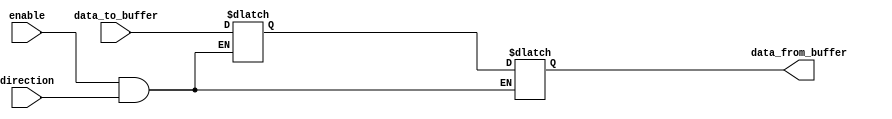
module bidirectional_buffer (
    input wire enable,
    input wire direction,
    input wire data_to_buffer,
    output wire data_from_buffer
);

reg internal_buffer;

always @ (enable, direction, data_to_buffer)
begin
    if (enable && direction) // Transmit data
        internal_buffer <= data_to_buffer;
    else // Receive data
        data_from_buffer <= internal_buffer;
end

endmodule